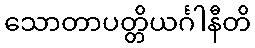
သောတာပတ္တိယင်္ဂါနီတိ